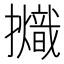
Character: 𢹊